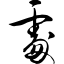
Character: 处